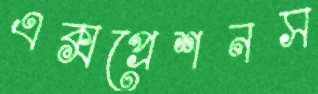
এক্সপ্রেশনস